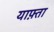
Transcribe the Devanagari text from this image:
याफ़्ता